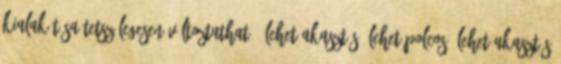
kialakítása tetszőlegesen változtatható, lehet akasztós, lehet polcos, lehet akasztós